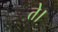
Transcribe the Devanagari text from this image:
ते।